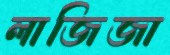
লাজিজা